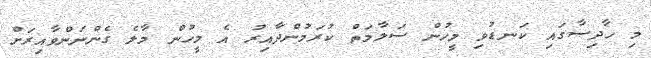
މި ހާދިސާގައި ކަނޑުވި މީހުން ސަލާމަތް ކުރަމުންދާއިރު އެ މީހުން މާލެ ގެންނަންވާއިރަށް